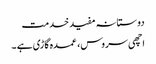
دوستانہ مفید خدمت
اچھی سروس، عمدہ گاڑی ہے ۔